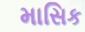
માસિક